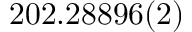
2 0 2 . 2 8 8 9 6 ( 2 )